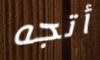
أتجه